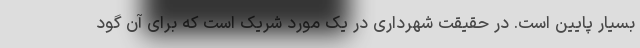
بسیار پایین است. در حقیقت شهرداری در یک مورد شریک است که برای آن گود